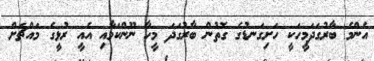
އެންމެ ބާރުގަދަމީހަކީ ހަށިގަނޑުގެ ގޮތުން ބާރުގަދަ މީހާ ނޫންކަމާއި އެއީ ރުޅީގެ މައްޗަށް